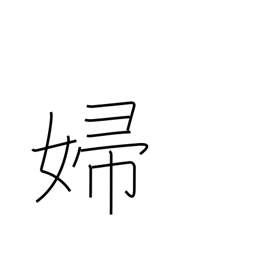
Meaning: bride